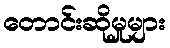
တောင်းဆိုမှုများ